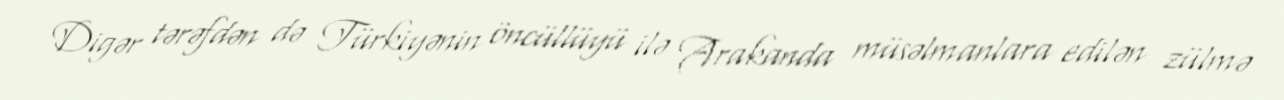
Digər tərəfdən də Türkiyənin öncüllüyü ilə Arakanda müsəlmanlara edilən zülmə